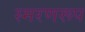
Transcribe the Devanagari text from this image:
स्मरणरूप